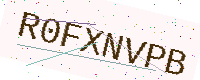
Text: R0FXNVPB